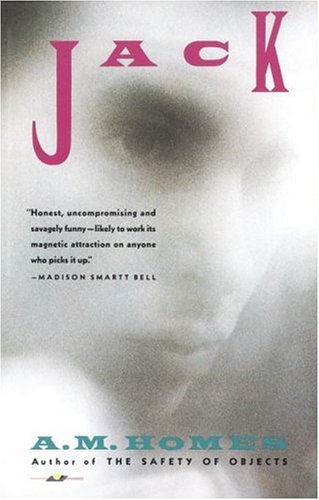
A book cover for Jack; A.M. Homes; Gay & Lesbian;